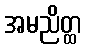
အမညိတ္ထ